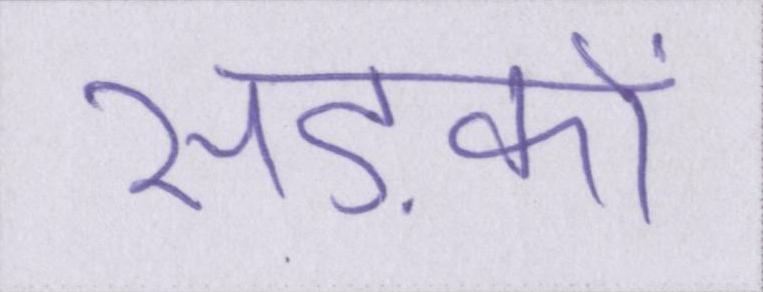
सड़कों